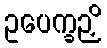
ဥပေက္ခဉှိ